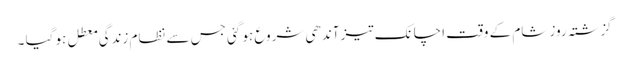
گزشتہ روز شام کے وقت اچانک تیز آندھی شروع ہو گئی جس سے نظام زندگی معطل ہو گیا ۔